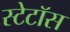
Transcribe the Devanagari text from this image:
स्टेटॉस